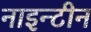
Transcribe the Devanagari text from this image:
नाइन्टीन